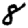
Digit: 8